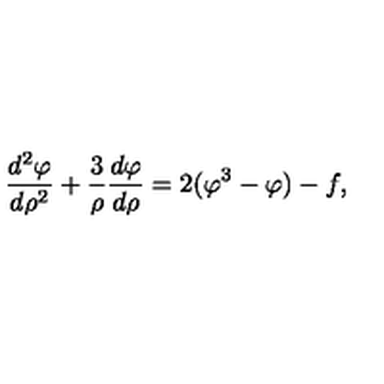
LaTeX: { \frac { d ^ { 2 } \varphi } { d \rho ^ { 2 } } } + { \frac { 3 } { \rho } } { \frac { d \varphi } { d \rho } } = 2 ( \varphi ^ { 3 } - \varphi ) - f ,